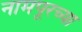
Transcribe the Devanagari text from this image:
नामपूरच्या